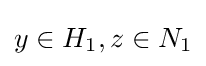
y\in H_{1},z\in N_{1}